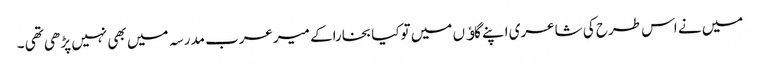
میں نے اس طرح کی شاعری اپنے گاﺅں میں توکیا بخاراکے میرعرب مدرسہ میں بھی نہیں پڑھی تھی ۔